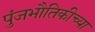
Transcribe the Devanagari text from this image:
पुंजभौतिकीच्या